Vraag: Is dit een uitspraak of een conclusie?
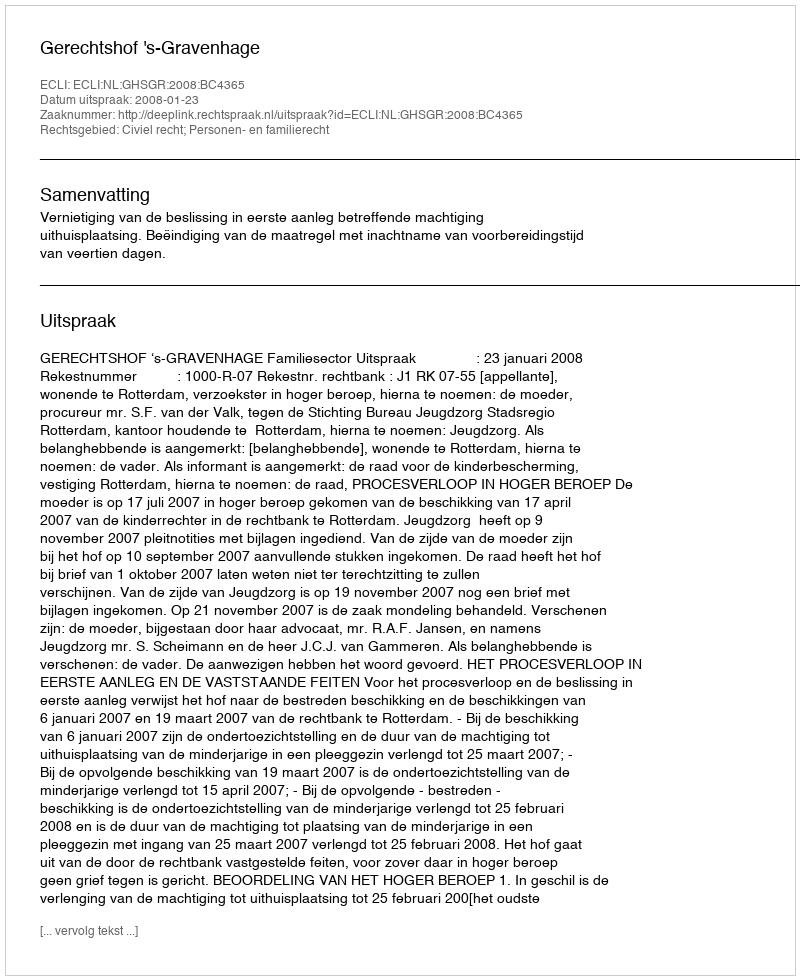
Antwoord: Uitspraak